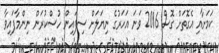
ކަމަށާއި އެގޮތަށް ގޮސް 2016 ވަނަ އަހަރުގެ ނިޔަލަށް ސިފައިން ހުސްކުރަން ނިންމާފައިވާ